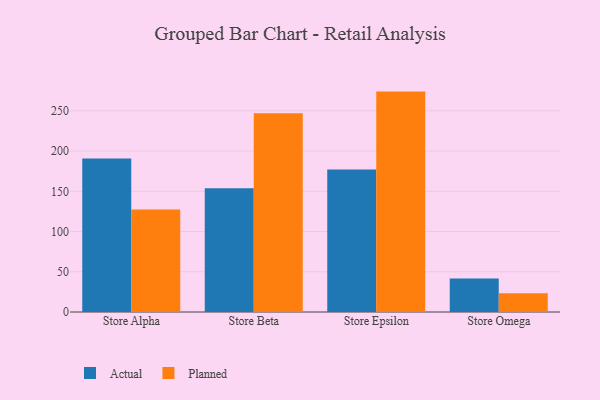
{"axis": {"x": "Store", "y": "Demand Index"}, "legend": ["Actual", "Planned"], "data": [{"x": "Store Alpha", "y": 190.9, "type": "Actual"}, {"x": "Store Alpha", "y": 127.4, "type": "Planned"}, {"x": "Store Beta", "y": 153.9, "type": "Actual"}, {"x": "Store Beta", "y": 246.9, "type": "Planned"}, {"x": "Store Epsilon", "y": 177.0, "type": "Actual"}, {"x": "Store Epsilon", "y": 273.9, "type": "Planned"}, {"x": "Store Omega", "y": 41.6, "type": "Actual"}, {"x": "Store Omega", "y": 23.2, "type": "Planned"}]}